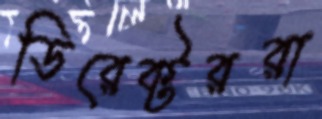
ডিরেক্টররা